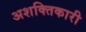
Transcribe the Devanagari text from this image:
अशक्तिकारी